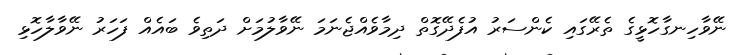
ނޭވާހިނގާހޮޅީގެ ތެރޭގައި ކެންސަރު އުފެދޭގޮތް ދިމާވެއްޖެނަމަ ނޭވާލުމަށް ދަތިވެ ބައެއް ފަހަރު ނޭވާލާހޮޅި